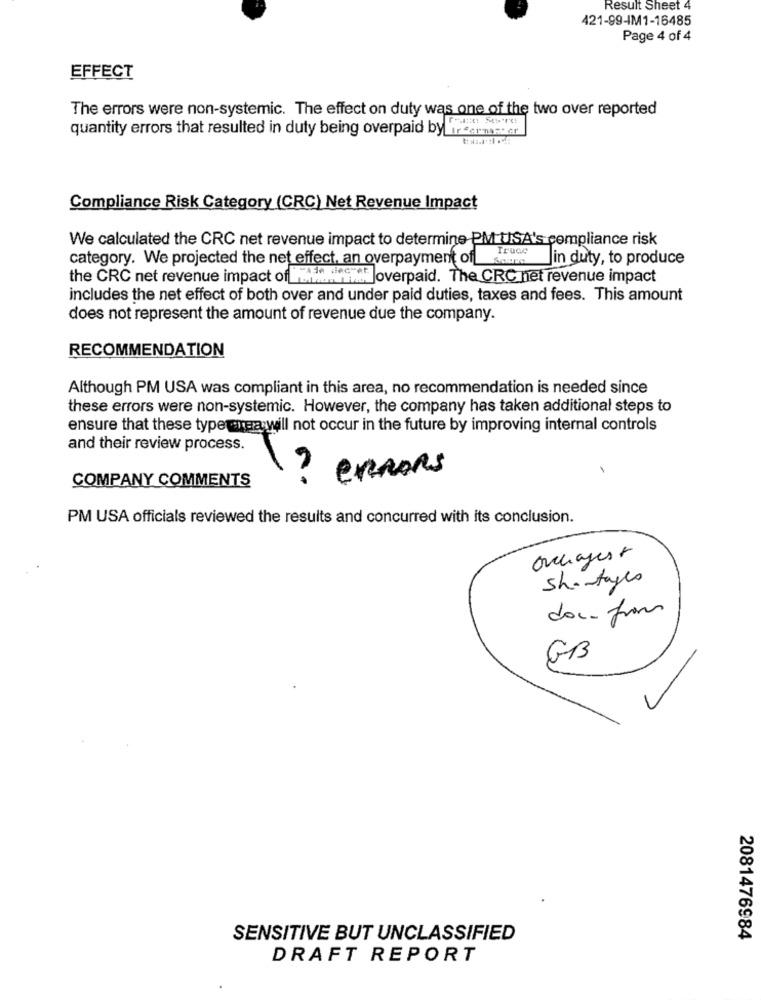
Result Sheet 4
421-99-IM1-16485
Page 4 of 4
EFFECT
The errors were non-systemic. The effect on duty was one of the two over reported
quantity errors that resulted in duty being overpaid by ir "armaster
Compliance Risk Category (CRC) Net Revenue Impact
We calculated the CRC net revenue impact to determine PM USA's compliance risk
Truce
category. We projected the net effect, an overpayment of
Jin duty, to produce
the CRC net revenue impact of Me remet Joverpaid. The CRC net revenue impact
includes the net effect of both over and under paid duties, taxes and fees. This amount
does not represent the amount of revenue due the company.
RECOMMENDATION
Although PM USA was compliant in this area, no recommendation is needed since
these errors were non-systemic. However, the company has taken additional steps to
ensure that these type rea will not occur in the future by improving internal controls
and their review process.
COMPANY COMMENTS
? ernons
PM USA officials reviewed the results and concurred with its conclusion.
orcagest
Shortages
doc. from
GB
SENSITIVE BUT UNCLASSIFIED
2081476984
DRAFT REPORT